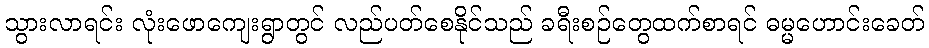
သွားလာရင်း လုံးဖောကျေးရွာတွင် လည်ပတ်စေနိုင်သည် ခရီးစဉ်တွေထက်စာရင် ဓမ္မဟောင်းခေတ်